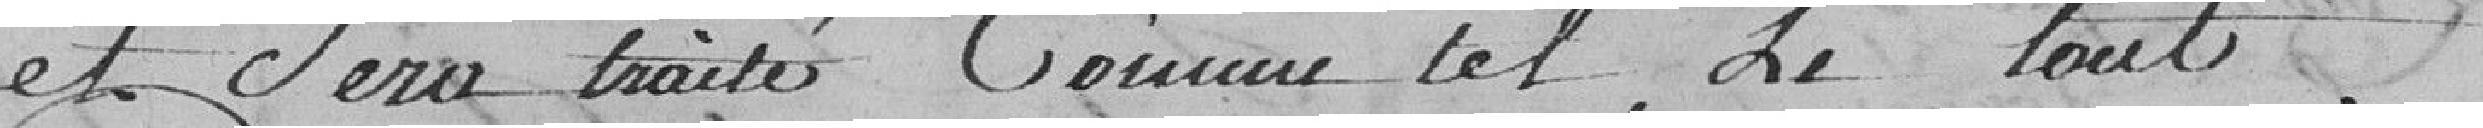
et sera traité comme tel, le tout